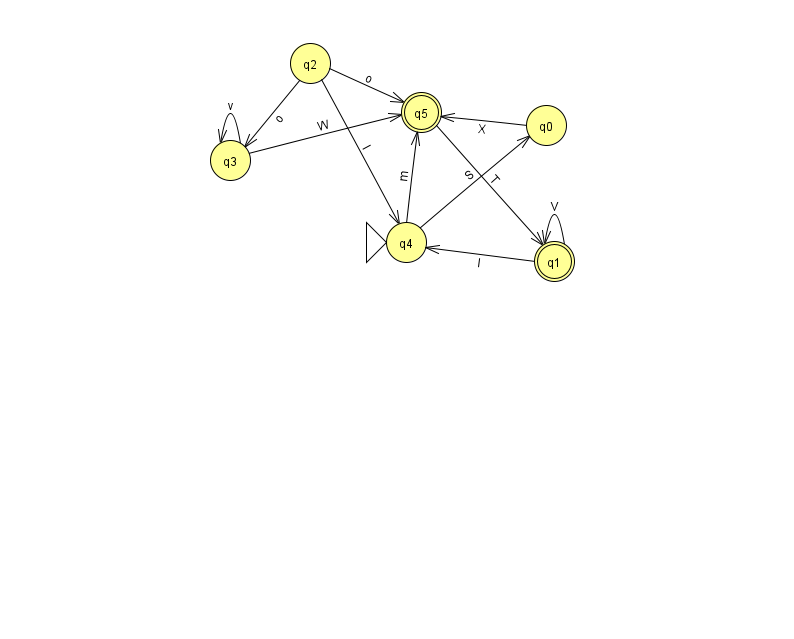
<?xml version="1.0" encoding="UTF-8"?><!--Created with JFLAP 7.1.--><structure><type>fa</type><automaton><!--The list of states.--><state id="0" name="q0"><x>546.0</x><y>112.0</y></state><state id="1" name="q1"><x>554.0</x><y>248.0</y><final/></state><state id="2" name="q2"><x>310.0</x><y>50.0</y></state><state id="3" name="q3"><x>230.0</x><y>147.0</y></state><state id="4" name="q4"><x>406.0</x><y>229.0</y><initial/></state><state id="5" name="q5"><x>421.0</x><y>99.0</y><final/></state><!--The list of transitions.--><transition><from>1</from><to>4</to><read>I</read></transition><transition><from>4</from><to>5</to><read>m</read></transition><transition><from>5</from><to>1</to><read>T</read></transition><transition><from>1</from><to>1</to><read>V</read></transition><transition><from>3</from><to>3</to><read>v</read></transition><transition><from>2</from><to>5</to><read>o</read></transition><transition><from>4</from><to>0</to><read>S</read></transition><transition><from>0</from><to>5</to><read>X</read></transition><transition><from>2</from><to>3</to><read>o</read></transition><transition><from>3</from><to>5</to><read>W</read></transition><transition><from>2</from><to>4</to><read>l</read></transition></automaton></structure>